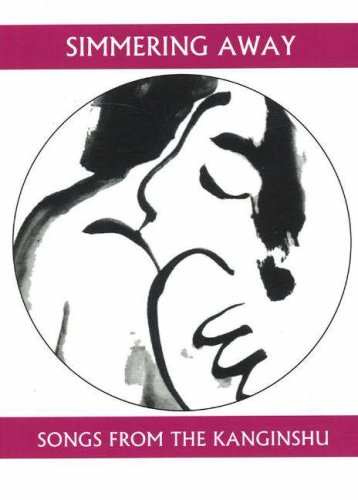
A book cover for Simmering Away: Songs from the Kanginshu (Companions for the Journey); Romance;